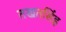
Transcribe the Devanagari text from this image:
तखतसिंह